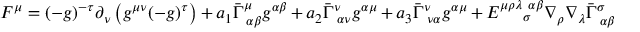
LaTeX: F ^ { \mu } = ( - g ) ^ { - \tau } \partial _ { \nu } \left( g ^ { \mu \nu } ( - g ) ^ { \tau } \right) + a _ { 1 } \bar { \Gamma } _ { ~ \alpha \beta } ^ { \mu } g ^ { \alpha \beta } + a _ { 2 } \bar { \Gamma } _ { ~ \alpha \nu } ^ { \nu } g ^ { \alpha \mu } + a _ { 3 } \bar { \Gamma } _ { ~ \nu \alpha } ^ { \nu } g ^ { \alpha \mu } + E _ { ~ ~ ~ ~ \sigma } ^ { \mu \rho \lambda ~ \alpha \beta } \nabla _ { \rho } \nabla _ { \lambda } \bar { \Gamma } _ { ~ \alpha \beta } ^ { \sigma }